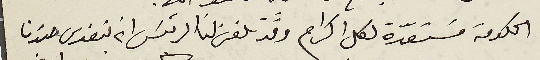
الحكومة مسَتعدة لكل اكرام وقد تلفن لنا الرئيسَ ان يتغدى عندنا